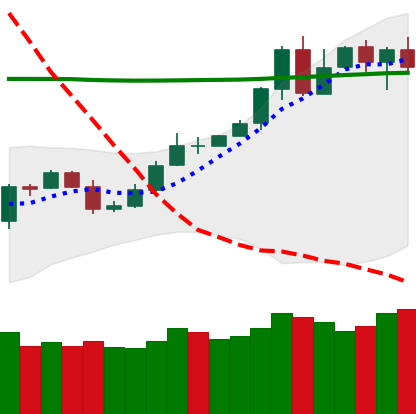
Ticker: TRX-USD
Chart end date: 2020-05-05
Forward return: -10.181%
Label: down_7plus